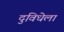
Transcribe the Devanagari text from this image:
दुविधेला